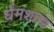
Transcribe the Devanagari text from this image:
र्धमशास्त्र